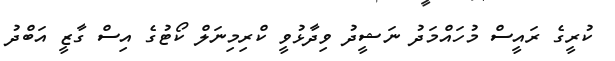
ކުރީގެ ރައީސް މުހައްމަދު ނަޝީދު ވިދާޅުވީ ކްރިމިނަލް ކޯޓުގެ އިސް ގާޒީ އަބްދު